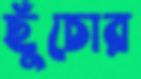
ছুঁচোর